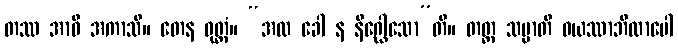
တဿ အာဝိ အကာသိ။ တေန ဝုတ္တံ။ “အထ ခေါ န နိဂ္ဃေါသော”တိ။ တတ္ထ သမ္မာတိ ဝယဿာဘိလာပေါ